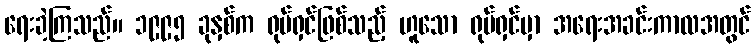
ရေးခဲ့ကြသည်။ ၁၉၉၅ ခုနှစ်က ရုပ်ရှင်ဖြစ်သည့် ဟူသော ရုပ်ရှင်မှာ အရေးအခင်းကာလအတွင်